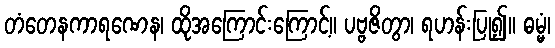
တံတေနကာရဏေန၊ ထိုအကြောင်းကြောင့်။ ပဗ္ဗဇိတွာ၊ ရဟန်းပြု၍။ ဓမ္မံ၊